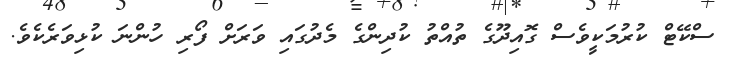
ސްކޭޓް ކުރުމަކީވެސް ގޮއިދޫގެ ތުއްތު ކުދިންގެ މެދުގައި ވަރަށް ފޯރި ހުންނަ ކުޅިވަރެކެވެ.